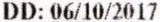
DD: 06/10/2017